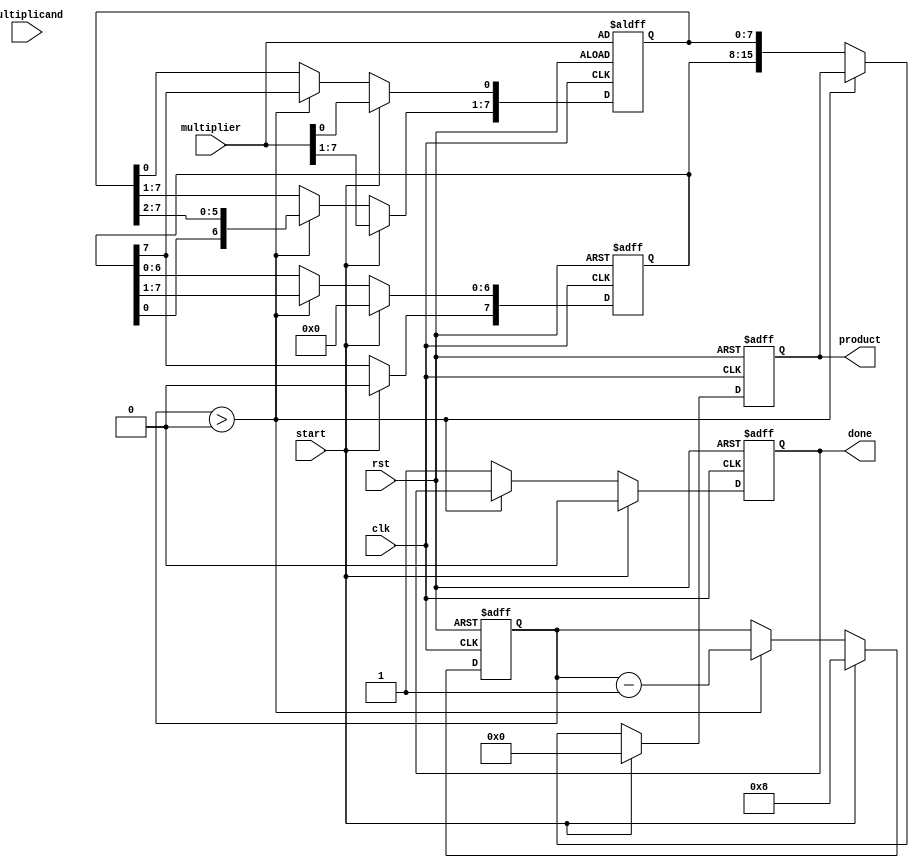
module booth_multiplier #(
    parameter N = 8  // Bit-width of the multiplicand and multiplier
)(
    input wire [N-1:0] multiplicand,
    input wire [N-1:0] multiplier,
    input wire start,
    input wire clk,
    input wire rst,
    output reg [2*N-1:0] product,
    output reg done
);

    reg [N-1:0] Q;           // Multiplier
    reg [N-1:0] A;           // Accumulator
    reg [N-1:0] M;           // Negated multiplicand
    reg Q_1;                 // Previous LSB of Q
    reg [3:0] count;         // Counter for iterations

    // Negate the multiplicand
    always @(*) begin
        M = ~multiplicand + 1'b1; // Two's complement
    end

    // State machine for Booth's algorithm
    always @(posedge clk or posedge rst) begin
        if (rst) begin
            A <= 0;
            Q <= multiplier;
            Q_1 <= 0;
            count <= N;
            product <= 0;
            done <= 0;
        end else if (start) begin
            // Initialize on start signal
            A <= 0;
            Q <= multiplier;
            Q_1 <= 0;
            count <= N;
            product <= 0;
            done <= 0;
        end else if (count > 0) begin
            // Booth's algorithm operations
            case ({Q[0], Q_1})
                2'b01: A <= A + M;  // Add M to A
                2'b10: A <= A + multiplicand; // Subtract M from A (add multiplicand)
                default: ;           // Do nothing for 00 or 11
            endcase

            // Arithmetic right shift
            {A, Q} <= {A, Q} >> 1; // Shift A and Q together
            Q[0] <= A[N-1];        // Replicate the sign bit of A into Q[0]
            A[N-1] <= A[N-1];      // Maintain the sign bit of A

            // Decrement the count
            count <= count - 1;
        end else begin
            // Final output after completion
            product <= {A, Q};
            done <= 1; // Indicate that multiplication is done
        end
    end

endmodule